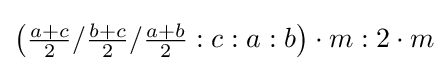
\left({\tfrac {a+c}{2}}/{\tfrac {b+c}{2}}/{\tfrac {a+b}{2}}:c:a:b\right)\cdot m:2\cdot m